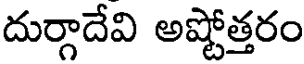
దుర్గాదేవి అష్టోత్తరం